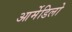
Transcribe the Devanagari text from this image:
आर्मेडिलो